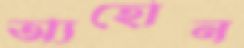
অ্যহোন